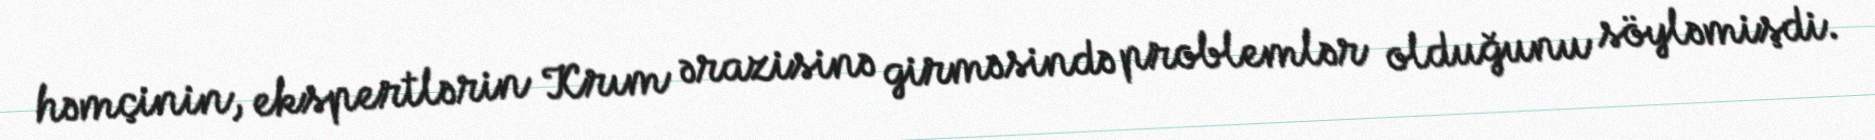
həmçinin, ekspertlərin Krım ərazisinə girməsində problemlər olduğunu söyləmişdi.